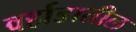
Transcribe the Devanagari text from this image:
वर्हाडातील